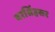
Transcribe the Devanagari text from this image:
वरसिंहसर